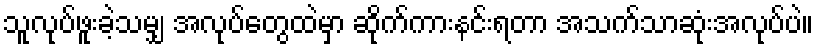
သူလုပ်ဖူးခဲ့သမျှ အလုပ်တွေထဲမှာ ဆိုက်ကားနင်းရတာ အသက်သာဆုံးအလုပ်ပဲ။